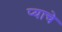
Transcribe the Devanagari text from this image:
प्याचे